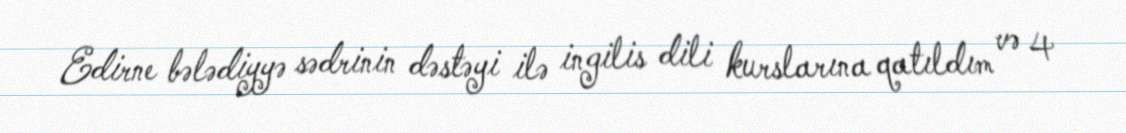
Edirne bələdiyyə sədrinin dəstəyi ilə ingilis dili kurslarına qatıldım və 4